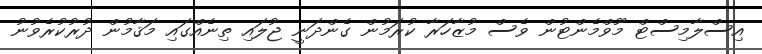
އިސްލާމިސްޓް މޫވްމެންޓުން ވެސް މުޒާހަރާ ކުރަމުން ގެންދަނީ ޖުލައި ތިނެއްގައި މަޤާމުން ދުރުކުރެވުނު